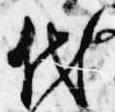
代